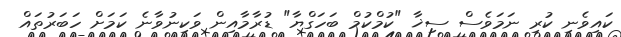
ކައިވެނި ކުރި ނަމަވެސް ސިޚާ "ކުމްކުމް ބަހަގްޔާ" ޑުރާމާއިން ވަކިނުވާނެ ކަމަށް ހަބަރުތައް